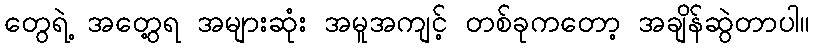
တွေရဲ့ အတွေ့ရ အများဆုံး အမူအကျင့် တစ်ခုကတော့ အချိန်ဆွဲတာပါ။